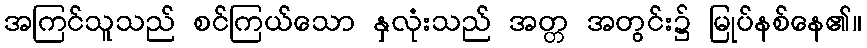
အကြင်သူသည် စင်ကြယ်သော နှလုံးသည် အတ္တ အတွင်း၌ မြုပ်နစ်နေ၏။